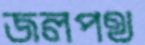
জলপথ